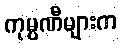
ကုမ္ပဏီများက